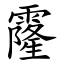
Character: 霳